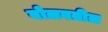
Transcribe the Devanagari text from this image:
बोलवतील